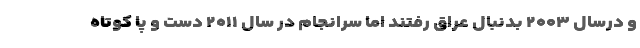
و درسال ۲۰۰۳ بدنبال عراق رفتند اما سرانجام در سال ۲۰۱۱ دست و پا کوتاه